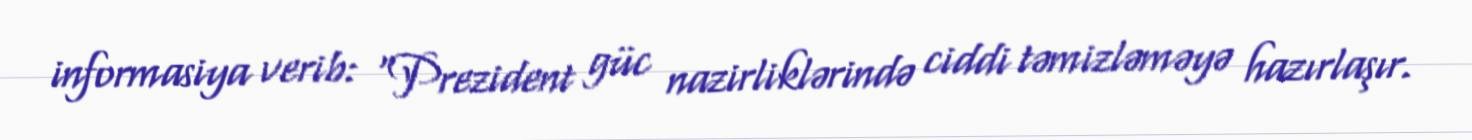
informasiya verib: “Prezident güc nazirliklərində ciddi təmizləməyə hazırlaşır.